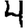
Digit: 4